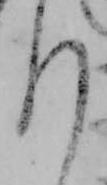
ろ